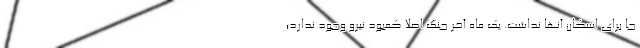
جا برای اسکان آنها نداشت. یک ماه آخر جنگ اصلا کمبود نیرو وجود ندارد؛